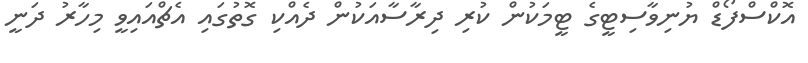
އޮކްސްފޯޑް ޔުނިވާސިޓީގެ ޓީމަކުން ކުރި ދިރާސާއަކުން ދެއްކި ގޮތުގައި އެޗްއައިވީ މިހާރު ދަނީ